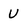
Character: U